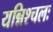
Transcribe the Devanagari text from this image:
यन्निश्चलः